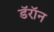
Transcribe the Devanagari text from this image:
डॅरॉन